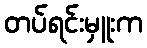
တပ်ရင်းမှူးက